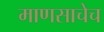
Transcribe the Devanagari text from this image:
माणसाचेच